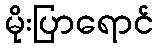
မိုးပြာရောင်